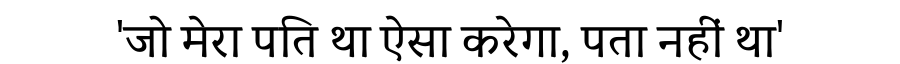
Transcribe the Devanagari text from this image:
'जो मेरा पति था ऐसा करेगा, पता नहीं था'